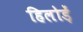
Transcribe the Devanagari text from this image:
हिलोड़ें